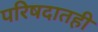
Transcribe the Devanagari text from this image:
परिषदातही